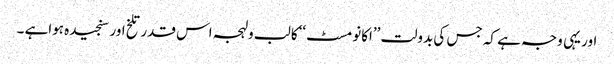
اور یہی وجہ ہے کہ جس کی بدولت ’’اکانومسٹ‘‘کا لب ولہجہ اس قدر تلخ اور سنجیدہ ہواہے ۔